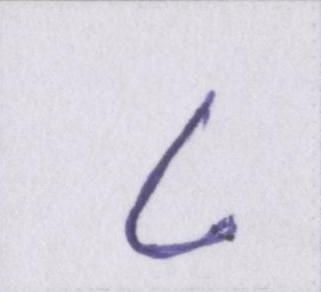
८